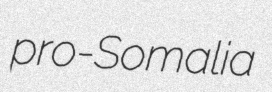
pro-Somalia